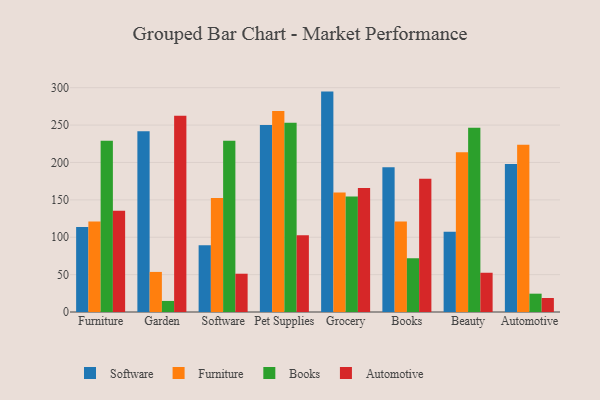
{"axis": {"x": "Category", "y": "Shipments"}, "legend": ["Automotive", "Books", "Furniture", "Software"], "data": [{"x": "Furniture", "y": 113.6, "type": "Software"}, {"x": "Furniture", "y": 121.2, "type": "Furniture"}, {"x": "Furniture", "y": 229.0, "type": "Books"}, {"x": "Furniture", "y": 135.3, "type": "Automotive"}, {"x": "Garden", "y": 241.6, "type": "Software"}, {"x": "Garden", "y": 53.6, "type": "Furniture"}, {"x": "Garden", "y": 14.8, "type": "Books"}, {"x": "Garden", "y": 262.5, "type": "Automotive"}, {"x": "Software", "y": 89.2, "type": "Software"}, {"x": "Software", "y": 152.6, "type": "Furniture"}, {"x": "Software", "y": 229.1, "type": "Books"}, {"x": "Software", "y": 51.2, "type": "Automotive"}, {"x": "Pet Supplies", "y": 250.1, "type": "Software"}, {"x": "Pet Supplies", "y": 269.0, "type": "Furniture"}, {"x": "Pet Supplies", "y": 253.3, "type": "Books"}, {"x": "Pet Supplies", "y": 102.8, "type": "Automotive"}, {"x": "Grocery", "y": 294.8, "type": "Software"}, {"x": "Grocery", "y": 160.0, "type": "Furniture"}, {"x": "Grocery", "y": 154.6, "type": "Books"}, {"x": "Grocery", "y": 165.9, "type": "Automotive"}, {"x": "Books", "y": 193.6, "type": "Software"}, {"x": "Books", "y": 121.0, "type": "Furniture"}, {"x": "Books", "y": 71.9, "type": "Books"}, {"x": "Books", "y": 178.3, "type": "Automotive"}, {"x": "Beauty", "y": 107.3, "type": "Software"}, {"x": "Beauty", "y": 213.7, "type": "Furniture"}, {"x": "Beauty", "y": 246.6, "type": "Books"}, {"x": "Beauty", "y": 52.5, "type": "Automotive"}, {"x": "Automotive", "y": 198.0, "type": "Software"}, {"x": "Automotive", "y": 223.6, "type": "Furniture"}, {"x": "Automotive", "y": 24.5, "type": "Books"}, {"x": "Automotive", "y": 18.7, "type": "Automotive"}]}